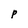
Character: p